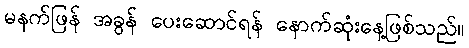
မနက်ဖြန် အခွန် ပေးဆောင်ရန် နောက်ဆုံးနေ့ဖြစ်သည်။